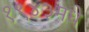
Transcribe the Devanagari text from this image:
१९४३मधे